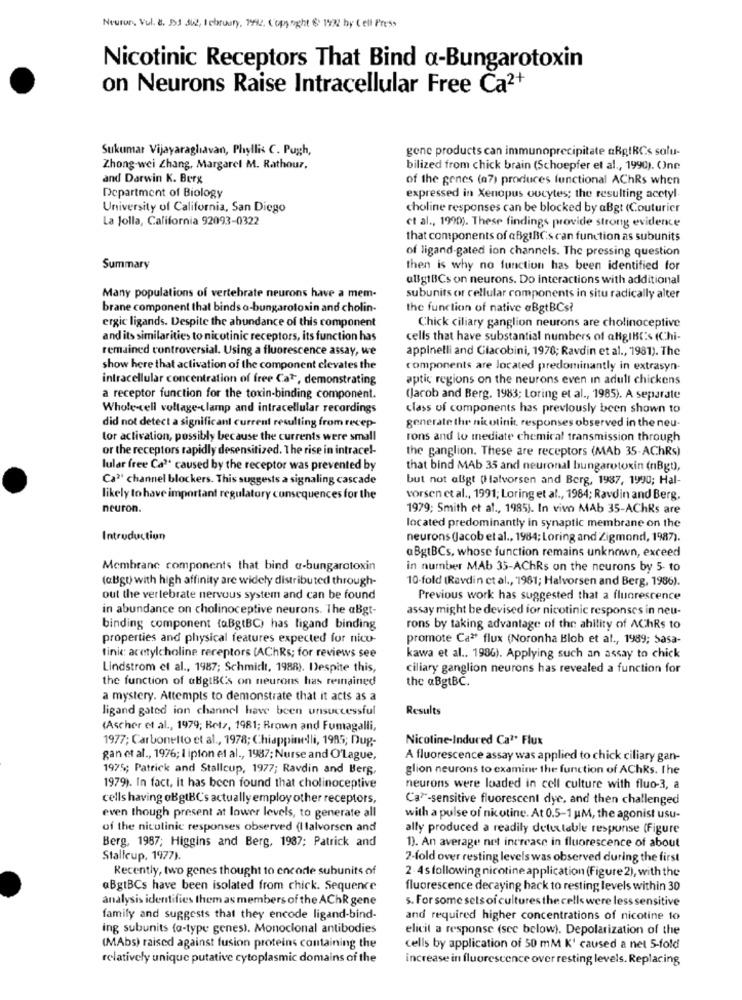
Neuron, Vol. 8. 33 342, February. 1992, Copyright & 1932 by Cell Press
Nicotinic Receptors That Bind a-Bungarotoxin
on Neurons Raise Intracellular Free Ca2+
Sukumar Vijayaraghavan, Phyllis C. Pugh,
gone products can immunoprecipitate aRpIRCs solu-
Zhong-wei Zhang, Margarel M. Rathour,
bilized from chick brain (Schoepfer et al ., 1990). One
and Darwin K. Berg
of the genes (a7) produces functional AChRs when
Department of Biology
expressed in Xenopus oucytes; the resulting acetyl-
University of California, San Diego
choline responses can be blocked by aBgt (Couturier
La Jolla, California 92093-0322
et al ., 1990). These findings provide strong evidence
that components of aBgIBCs can function as subunits
of ligand-gated ion channels. The pressing question
Summary
then is why no function has been identified for
alig1BCs on neurons. Do interactions with additional
Many populations of vertebrate neurons have a mem-
subunits or cellular components in situ radically alter
brane component that binds o-bungarotoxin and cholin-
the function of native aBgtBCs?
ergic ligands. Despite the abundance of this component
Chick ciliary ganglion neurons are cholinoceptive
and its similarities to nicotinic receptors, its function has
cells that have substantial numbers of algIBC's (Chi-
remained controversial. Using a fluorescence assay, we
appinelli and Giacobini, 1978; Ravdin et al ., 1981). The
show here that activation of the component clevates the
components are located predominantly in extrasyn-
intracellular concentration of free Cat, demonstrating
aptic regions on the neurons even In adull chickens
a receptor function for the toxin-binding component.
(Jacob and Berg. 1983; Loring et al ., 1985). A separate
Whole cell voltage-clamp and intracellular recordings
class of components has previously been shown to
did not detect a significant current resulting from recep-
generate the nicotinit, responses observed in the neu-
tor activation, possibly because the currents were small
rons and lo mediate chemical transmission through
or the receptors rapidly desensitized. The rise in intracel-
the ganglion. These are receptors (MAb 35-AChRs)
lular free Ca" caused by the receptor was prevented by
that bind MAb 35 and neuronal bungarotoxin (nBgt),
Ca" channel blockers. This suggests a signaling cascade
but not aBgt (Halvorsen and Berg, 1987, 1990; Hal-
likely to have important regulatory consequences for the
vorsen et al ., 1991; Loring et al ., 1984; Ravdin and Berg,
neuron.
1979; Smith et al ., 1985). In vivo MAb 35-AChRs are
located predominantly in synaptic membrane on the
Introduction
neurons (Jacob et al ., 1984; Loring and Zigmond, 1987).
aBgtBCs, whose function remains unknown, exceed
Membrane components that bind a-bungarotoxin
in number MAb 35-AChRs on the neurons by 5- to
(@Bgt) with high affinity are widely distributed through-
10-fold (Ravdin et al ., 1981; Halvorsen and Berg, 1986).
out the vertebrate nervous system and can be found
Previous work has suggested that a fluorescence
in abundance on cholinoceptive neurons. The aBgt-
assay might be devised for nicotinic responses in neu-
binding component {aBgtBC) has ligand binding
rons by taking advantage of the ability of AChRs to
properties and physical features expected for nico-
promote Ca2* flux (Noronha Blob et al ., 1989; Sasa-
tinic acetylcholine receptors (AChRs; for reviews see
kawa et al ., 1986). Applying such an assay to chick
Lindstrom et al ., 1987; Schmidt, 1988). Despite this,
ciliary ganglion neurons has revealed a function for
the function of aBgtBC's on neurons has remained
the aBgtBC.
a mystery. Attempts to demonstrate that it acts as a
ligand gated ion channel have been unsuccessful
Results
(Ascher et al ., 1979; Retz, 1981; Brown and Fumagalli,
1977; Carbonelto et al ., 1978; Chiappinelli, 1985; Dug-
Nicoline-Induced Ca1' Flux
gan et al ., 1976; I ipton et al ., 1987; Nurse and O'Lague,
A fluorescence assay was applied to chick ciliary gan-
1975; Patrick and Stallcup, 1977; Ravdin and Berg,
glion neurons to examine the function of AChks. the
1979). In fact, It has been found that cholinoceptive
neurons were loaded in cell culture with fluo-3, a
cells having oBgtBC's actually employ other receptors,
Ca""-sensitive fluorescent dye, and then challenged
even though present at lower levels, to generate all
with a pulse of nicotine. At 0.5-1 UM, the agonist usu-
of the nicolinic responses observed (Ilalvorsen and
ally produced a readily detectable response (Figure
Berg, 1987; Higgins and Berg, 1987; Patrick and
1). An average net increase in fluorescence of about
Stalleup, 1977).
2-fold over resting levels was observed during the first
Recently, two genes thought to encode subunits of
2 4s following nicotine application (Figure 2), with the
aBgtBCs have been isolated from chick. Sequence
fluorescence decaying back to resting levels within 30
analysis identifies them as members of the AChR gene
s. For some sels of cultures the cells were less sensitive
family and suggests that they encode ligand-bind-
and required higher concentrations of nicotine 10
ing subunits (a-type genes). Monoclonal antibodies
elicit a response (see below). Depolarization of the
(MAbs) raised against fusion proteins containing the
cells by application of 50 mM K' caused a net 5-fold
relatively unique putative cytoplasmic domains of the
increase in fluorescence over resting levels. Replacing